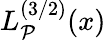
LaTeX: L_{\mathcal{P}}^{(3/2)}(x)